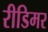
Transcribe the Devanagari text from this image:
रीडिमर